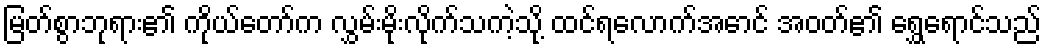
မြတ်စွာဘုရား၏ ကိုယ်တော်က လွှမ်းမိုးလိုက်သကဲ့သို့ ထင်ရလောက်အောင် အဝတ်၏ ရွှေရောင်သည်